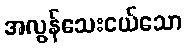
အလွန်သေးငယ်သော